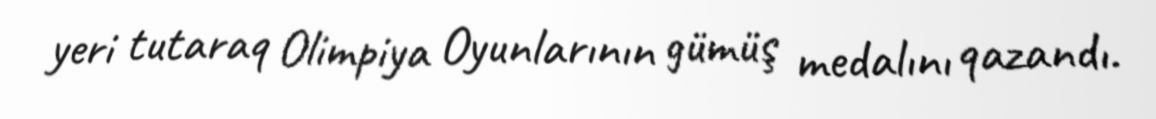
yeri tutaraq Olimpiya Oyunlarının gümüş medalını qazandı.